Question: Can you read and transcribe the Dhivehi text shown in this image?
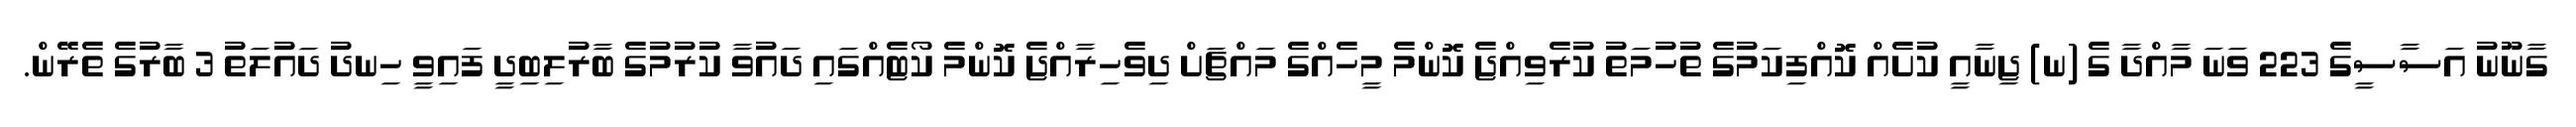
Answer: ގާނޫނު އަސާސީގެ 223 ވަނަ މާއްދާ ގެ (ނ) ޖިނާއީ ކުށެއް ކޮއްފިކަމުގެ ތުހުމަތު ކުރެވިއްޖެ ކޮންމެ މީހެއްގެ މައްޗަށް ދިވެހިރާއްޖެ ކޮންމެ ކޯޓެއްގައި ދައުވާ ކުރުމުގެ ބާރުލިބިދީ ފައިވީ ހިނދު ދައުލަތު 3 ބާރުގެ ތެރޭން.